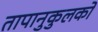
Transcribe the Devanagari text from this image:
तापानुकुलकों